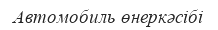
Автомобиль өнеркәсібі